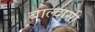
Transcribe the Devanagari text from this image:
बाल्दासी